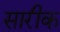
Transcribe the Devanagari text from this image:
सारीक